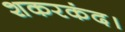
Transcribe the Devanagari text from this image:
शकरकंद।